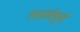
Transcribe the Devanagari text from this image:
स्वधर्मसूर्य